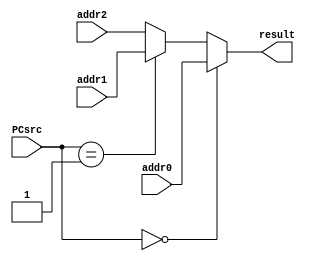
`timescale 1ns / 1ps
//////////////////////////////////////////////////////////////////////////////////
// Company: 
// Engineer: 
// 
// Design Name: 
// Module Name: ChsePC
// Project Name: 
// Target Devices: 
// Tool Versions: 
// Description: 
// 
// Dependencies: 
// 
// Revision:
// Revision 0.01 - File Created
// Additional Comments:
// 
//////////////////////////////////////////////////////////////////////////////////


module ChsePC
 (
  input [1:0] PCsrc,
  input [31:0] addr0,
  input [31:0] addr1,
  input [31:0] addr2,
  output [31:0] result
 );
 /*if(PCsrc==0)
 assign result=addr0;
 else if(PCsrc==1)
 assign result=addr1;
 else
 assign result=addr2;*/
 assign result=(PCsrc==0)?addr0:(PCsrc==1?addr1:addr2);
 
endmodule